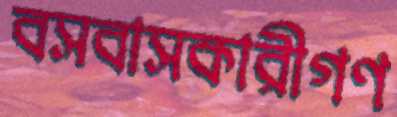
বসবাসকারীগণ